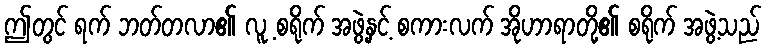
ဤတွင် ရက် ဘတ်တလာ၏ လူ့ စရိုက် အဖွဲ့နှင့် စကားလက် အိုဟာရာတို့၏ စရိုက် အဖွဲ့သည်